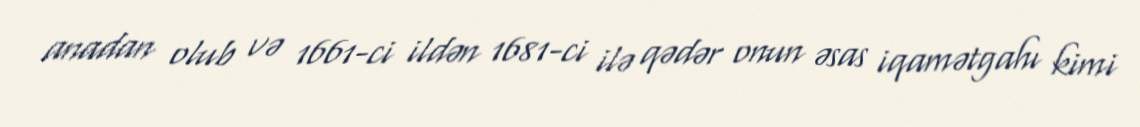
anadan olub və 1661-ci ildən 1681-ci ilə qədər onun əsas iqamətgahı kimi